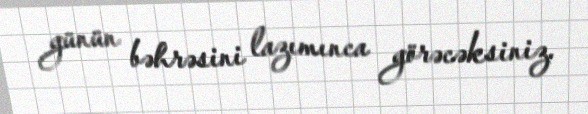
günün bəhrəsini lazımınca görəcəksiniz.